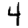
Digit: 4